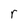
Character: r